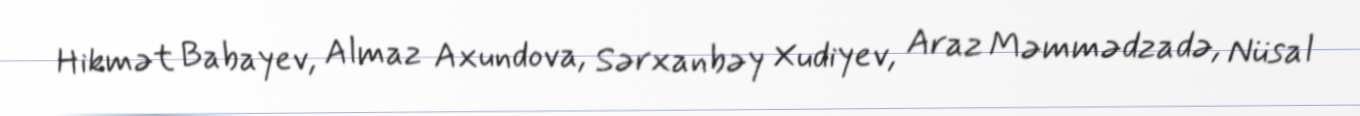
Hikmət Babayev, Almaz Axundova, Sərxanbəy Xudiyev, Araz Məmmədzadə, Nüsal